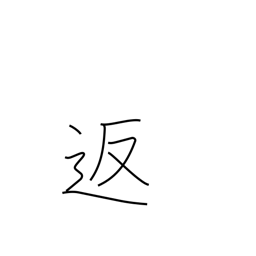
Meaning: return